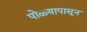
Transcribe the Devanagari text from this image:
पोळ्यापासून